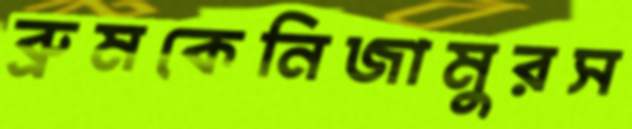
ব্রুমকেনিজামুরস